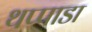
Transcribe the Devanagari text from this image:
थप्पाडा